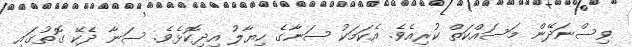
ވިސްނަދޭން މަސައްކަތް ކުރިއެވެ. އެކަމަކު ސަނާގެ ހިޔާލު އިދިކޮޅެވެ. ސަނާ ދެކޭ ގޮތުގައި